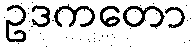
ဥဒကတော